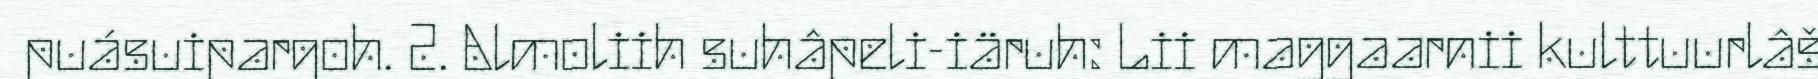
puásuipargoh. 2. Almoliih suhâpeli-iäruh: Lii maggaarnii kulttuurlâš